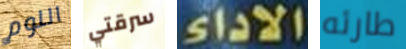
اللوم سرقتي الاداء طارئه